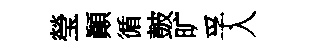
瑩顚循皷旷孚入